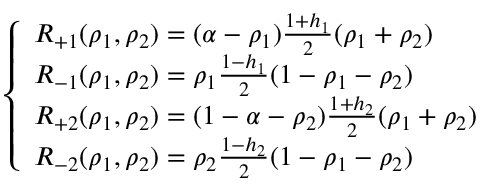
\left\{ \begin{array} { l l } { R _ { + 1 } ( \rho _ { 1 } , \rho _ { 2 } ) = ( \alpha - \rho _ { 1 } ) \frac { 1 + h _ { 1 } } { 2 } ( \rho _ { 1 } + \rho _ { 2 } ) } \\ { R _ { - 1 } ( \rho _ { 1 } , \rho _ { 2 } ) = \rho _ { 1 } \frac { 1 - h _ { 1 } } { 2 } ( 1 - \rho _ { 1 } - \rho _ { 2 } ) } \\ { R _ { + 2 } ( \rho _ { 1 } , \rho _ { 2 } ) = ( 1 - \alpha - \rho _ { 2 } ) \frac { 1 + h _ { 2 } } { 2 } ( \rho _ { 1 } + \rho _ { 2 } ) } \\ { R _ { - 2 } ( \rho _ { 1 } , \rho _ { 2 } ) = \rho _ { 2 } \frac { 1 - h _ { 2 } } { 2 } ( 1 - \rho _ { 1 } - \rho _ { 2 } ) } \end{array} \right.